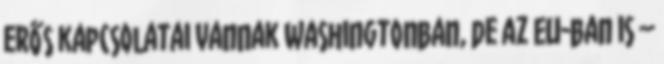
erős kapcsolatai vannak Washingtonban, de az EU-ban is –